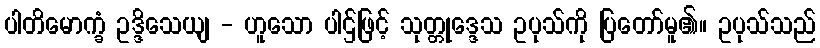
ပါတိမောက္ခံ ဥဒ္ဒိသေယျ - ဟူသော ပါဌ်ဖြင့် သုတ္တုဒ္ဒေသ ဥပုသ်ကို ပြတော်မူ၏။ ဥပုသ်သည်